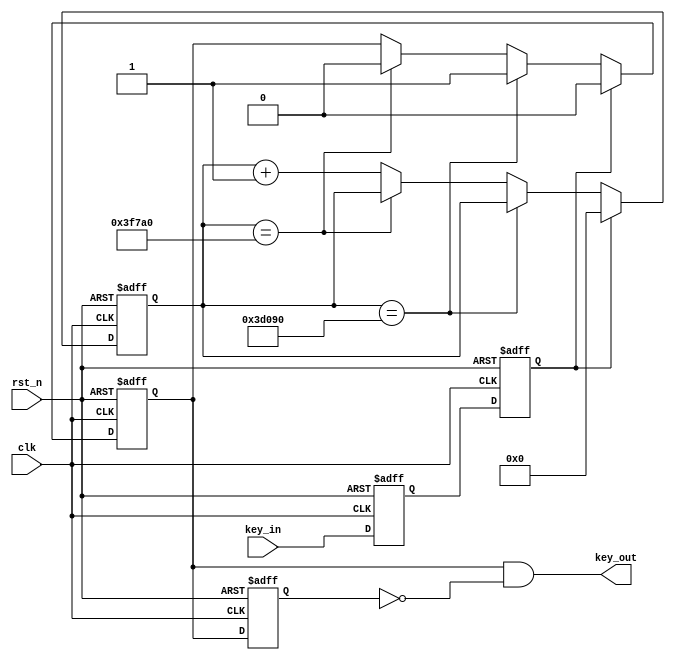
`timescale 1ns / 1ps

 module debouncer
 (clk, rst_n, key_in, key_out
 );
 input clk;
 input rst_n;
 input key_in;
 output key_out;
 
 /**************************************************/

 reg key_in_dly1;
 reg key_in_dly2;
 
 always @ ( posedge clk or negedge rst_n )
   begin
     if( !rst_n )
        begin
          key_in_dly1 <= 1'b0;
          key_in_dly2 <= 1'b0;
        end
     else    
        begin
          key_in_dly1 <= key_in;
          key_in_dly2 <= key_in_dly1;
        end
   end
 
 /**************************************************/
 
 reg[17:0] count_debouncer;
 reg key_out_tmp;
 
 always @ ( posedge clk or negedge rst_n )
   begin
     if( !rst_n )
        begin
	      count_debouncer <= 18'd260_000;
		  key_out_tmp <= 1'b0;
	    end
     else if(key_in_dly2)
        begin
	      count_debouncer <= 18'd0;
		  key_out_tmp <= 1'b0;
	    end
     else if( count_debouncer == 18'd250_000 )
	    begin
	      key_out_tmp <= 1'b1;
	    end
     else if( count_debouncer == 18'd260_000 )
        begin
	      key_out_tmp <= 1'b0;
	    end
     else
	    count_debouncer <= count_debouncer + 1'b1;
   end
 
 /**************************************************/
 
 reg key_out_tmp_dly1;
 
 always @ ( posedge clk or negedge rst_n )
   begin
     if( !rst_n )
        key_out_tmp_dly1 <= 1'b0;
     else
        key_out_tmp_dly1 <= key_out_tmp;
   end
   
 /**************************************************/  

 assign key_out = key_out_tmp & ( ~key_out_tmp_dly1 );

 
 /**************************************************/
 
 endmodule